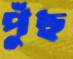
পুঁছ